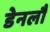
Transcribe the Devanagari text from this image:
डेनलौ